Annual administration and progress report of the Indian Medical Department, Bombay
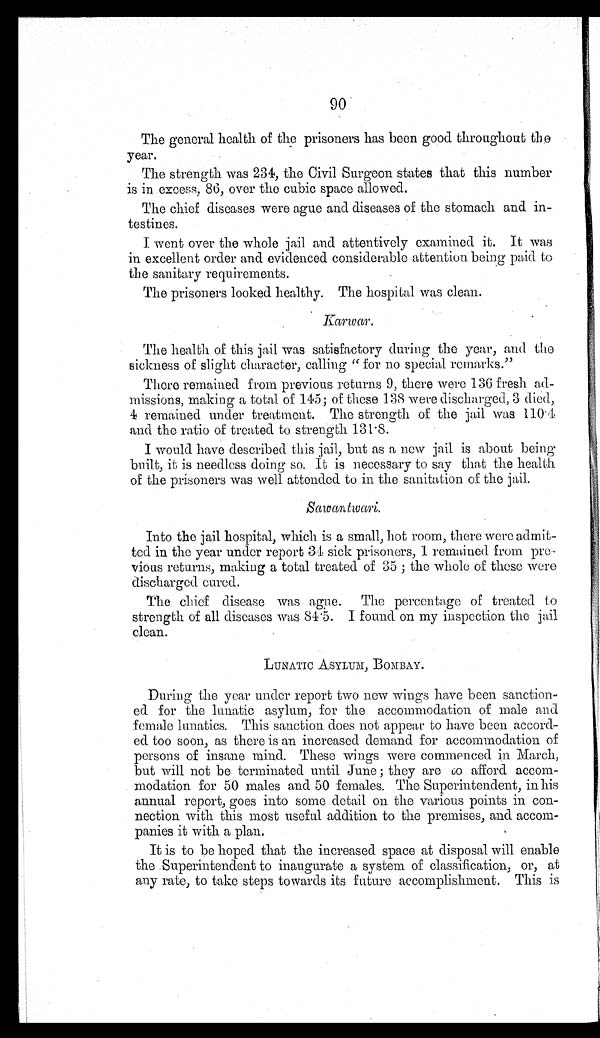
90
The general health of the prisoners has been good throughout the
year.
The strength was 234, the Civil Surgeon states that this number
is in excess, 86, over the cubic space allowed.
The chief diseases were ague and diseases of the stomach and in-
testines.
I went over the whole jail and attentively examined it. It was
in excellent order and evidenced considerable attention being paid to
the sanitary requirements.
The prisoners looked healthy. The hospital was clean.
Karwar.
The health of this jail was satisfactory during the year, and the
sickness of slight character, calling "for no special remarks."
There remained from previous returns 9, there were 136 fresh ad-
missions, making a total of 145; of these 138 were discharged, 3 died,
4 remained under treatment. The strength of the jail was 110.4
and the ratio of treated to strength 131.8.
I would have described this jail, but as a new jail is about being
built, it is needless doing so. It is necessary to say that the health
of the prisoners was well attended to in the sanitation of the jail.
Sawantwari.
Into the jail hospital, which is a small, hot room, there were admit-
ted in the year under report 34 sick prisoners, I remained from pre-
vious returns, making a total treated of 35; the whole of these were
discharged cured.
The chief disease was ague. The percentage of treated to
strength of all diseases was 84.5. I found on my inspection the jail
clean.
LUNATIC ASYLUM, BOMBAY.
During the year under report two new wings have been sanction-
ed for the lunatic asylum, for the accommodation of male and
female lunatics. This sanction does not appear to have been accord-
ed too soon, as there is an increased demand for accommodation of
persons of insane mind. These wings were commenced in March,
but will not be terminated until June; they are to afford accom-
modation for 50 males and 50 females. The Superintendent, in his
annual report, goes into some detail on the various points in con-
nection with this most useful addition to the premises, and accom-
panies it with a plan.
It is to be hoped that the increased space at disposal will enable
the Superintendent to inaugurate a system of classification, or, at
any rate, to take steps towards its future accomplishment. This is